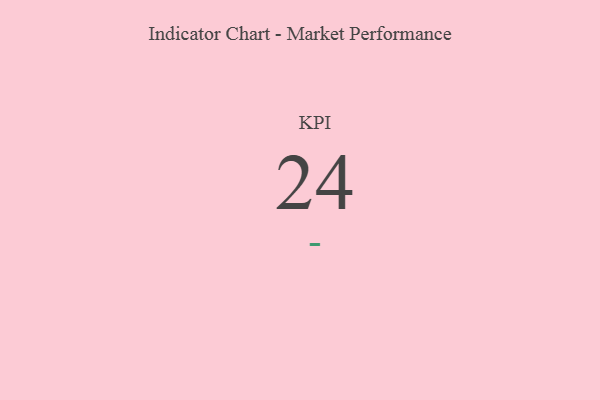
{"axis": {"x": "KPI", "y": "Value"}, "legend": [""], "data": [{"x": "KPI", "y": 24, "type": ""}]}